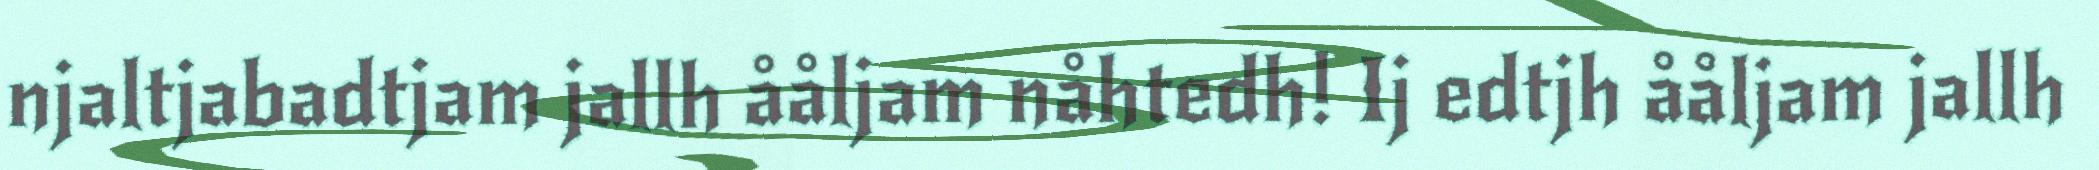
njaltjabadtjam jallh ååljam nåhtedh! Ij edtjh ååljam jallh